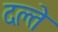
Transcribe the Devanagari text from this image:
दल्ते